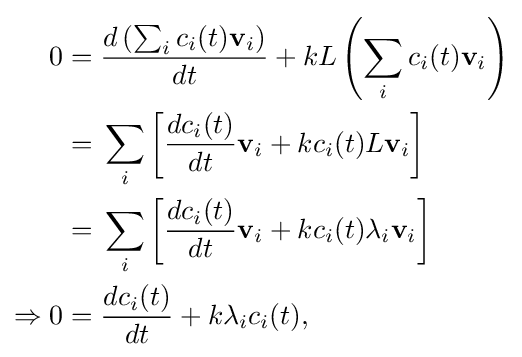
{\begin{aligned}0={}&{\frac {d\left(\sum _{i}c_{i}(t)\mathbf {v} _{i}\right)}{dt}}+kL\left(\sum _{i}c_{i}(t)\mathbf {v} _{i}\right)\\{}={}&\sum _{i}\left[{\frac {dc_{i}(t)}{dt}}\mathbf {v} _{i}+kc_{i}(t)L\mathbf {v} _{i}\right]\\{}={}&\sum _{i}\left[{\frac {dc_{i}(t)}{dt}}\mathbf {v} _{i}+kc_{i}(t)\lambda _{i}\mathbf {v} _{i}\right]\\\Rightarrow 0={}&{\frac {dc_{i}(t)}{dt}}+k\lambda _{i}c_{i}(t),\\\end{aligned}}